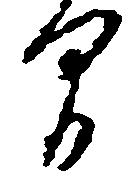
間